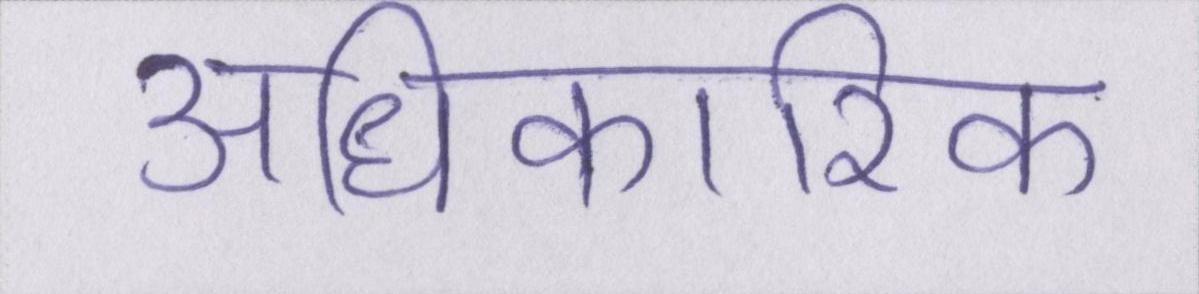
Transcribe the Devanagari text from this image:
अधिकारिक